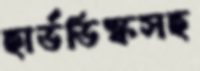
হার্ডডিস্কসহ